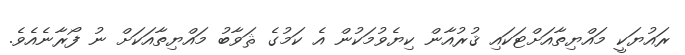
ރައުޔަކީ މައްޔިތާއަށްޓަކައި ޤުރުއާން ކިޔެވުމަކުން އެ ކަމުގެ ޘަވާބު މައްޔިތާއަކަށް ނު ފޯރާނެއެވެ.